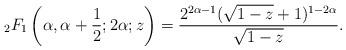
LaTeX: \begin{align*} {_2F_1}\left(\alpha,\alpha+\frac{1}{2};2\alpha;z\right) &= \frac{2^{2\alpha-1}(\sqrt{1-z}+1)^{1-2\alpha}}{\sqrt{1-z}}.\end{align*}